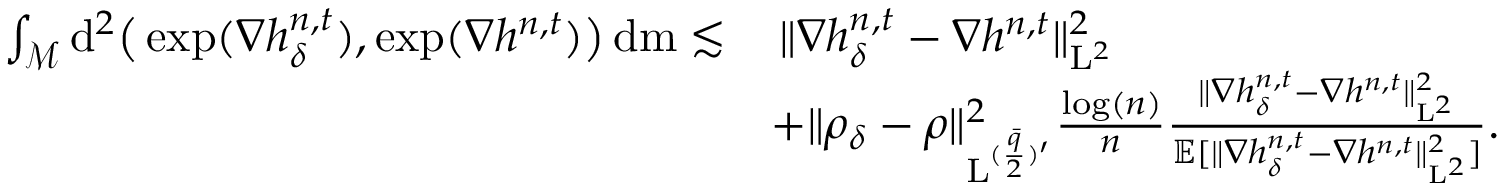
\begin{array} { r l } { \int _ { \mathcal { M } } \mathrm { d } ^ { 2 } \big ( \exp ( \nabla h _ { \delta } ^ { n , t } ) , \exp ( \nabla h ^ { n , t } ) \big ) \, \mathrm { d } \mathrm { m } \lesssim } & { \, \| \nabla h _ { \delta } ^ { n , t } - \nabla h ^ { n , t } \| _ { \mathrm { L } ^ { 2 } } ^ { 2 } } \\ & { + \| \rho _ { \delta } - \rho \| _ { \mathrm { L } ^ { ( \frac { \bar { q } } { 2 } ) ^ { \prime } } } ^ { 2 } \frac { \log ( n ) } { n } \frac { \| \nabla h _ { \delta } ^ { n , t } - \nabla h ^ { n , t } \| _ { \mathrm { L } ^ { 2 } } ^ { 2 } } { \mathbb { E } [ \| \nabla h _ { \delta } ^ { n , t } - \nabla h ^ { n , t } \| _ { \mathrm { L } ^ { 2 } } ^ { 2 } ] } . } \end{array}